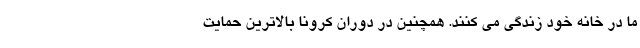
ما در خانه خود زندگی می کنند. همچنین در دوران کرونا بالاترین حمایت